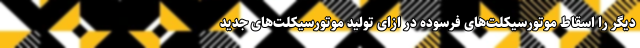
دیگر را اسقاط موتورسیکلت‌های فرسوده در ازای تولید موتورسیکلت‌های جدید